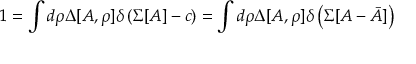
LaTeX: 1 = \int d \rho \Delta [ A , \rho ] \delta \left( \Sigma [ A ] - c \right) = \int d \rho \Delta [ A , \rho ] \delta \left( \Sigma [ A - \bar { A } ] \right)